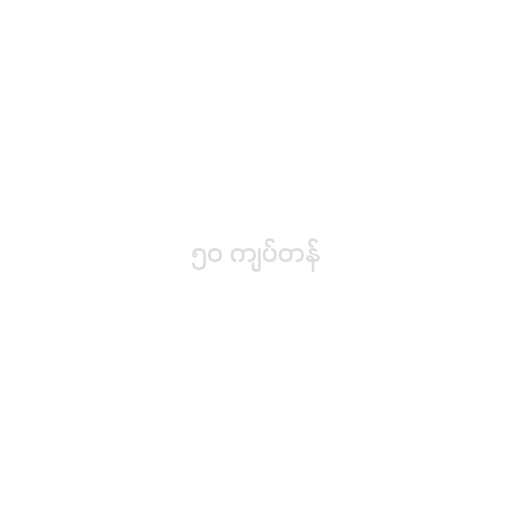
၅၀ ကျပ်တန်